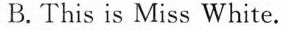
B. This is Miss White.